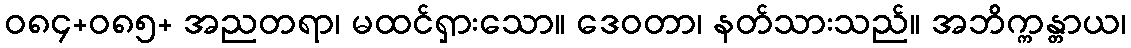
ဝ၈၄+၀၈၅+ အညတရာ၊ မထင်ရှားသော။ ဒေဝတာ၊ နတ်သားသည်။ အဘိက္ကန္တာယ၊